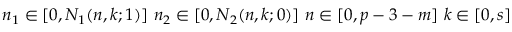
n _ { 1 } \in [ 0 , N _ { 1 } ( n , k ; 1 ) ] \, \, n _ { 2 } \in [ 0 , N _ { 2 } ( n , k ; 0 ) ] \, \, n \in [ 0 , p - 3 - m ] \, \, k \in [ 0 , s ]